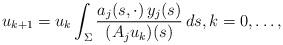
LaTeX: \begin{align*} u_{k+1} = u_k \int_\Sigma \frac{a_j(s,\cdot) \, y_j(s)}{(A_j u_k)(s)} \, ds, k=0,\dots,\end{align*}